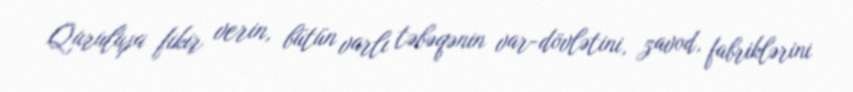
Quruluşa fikir verin, bütün varlı təbəqənin var-dövlətini, zavod, fabriklərini